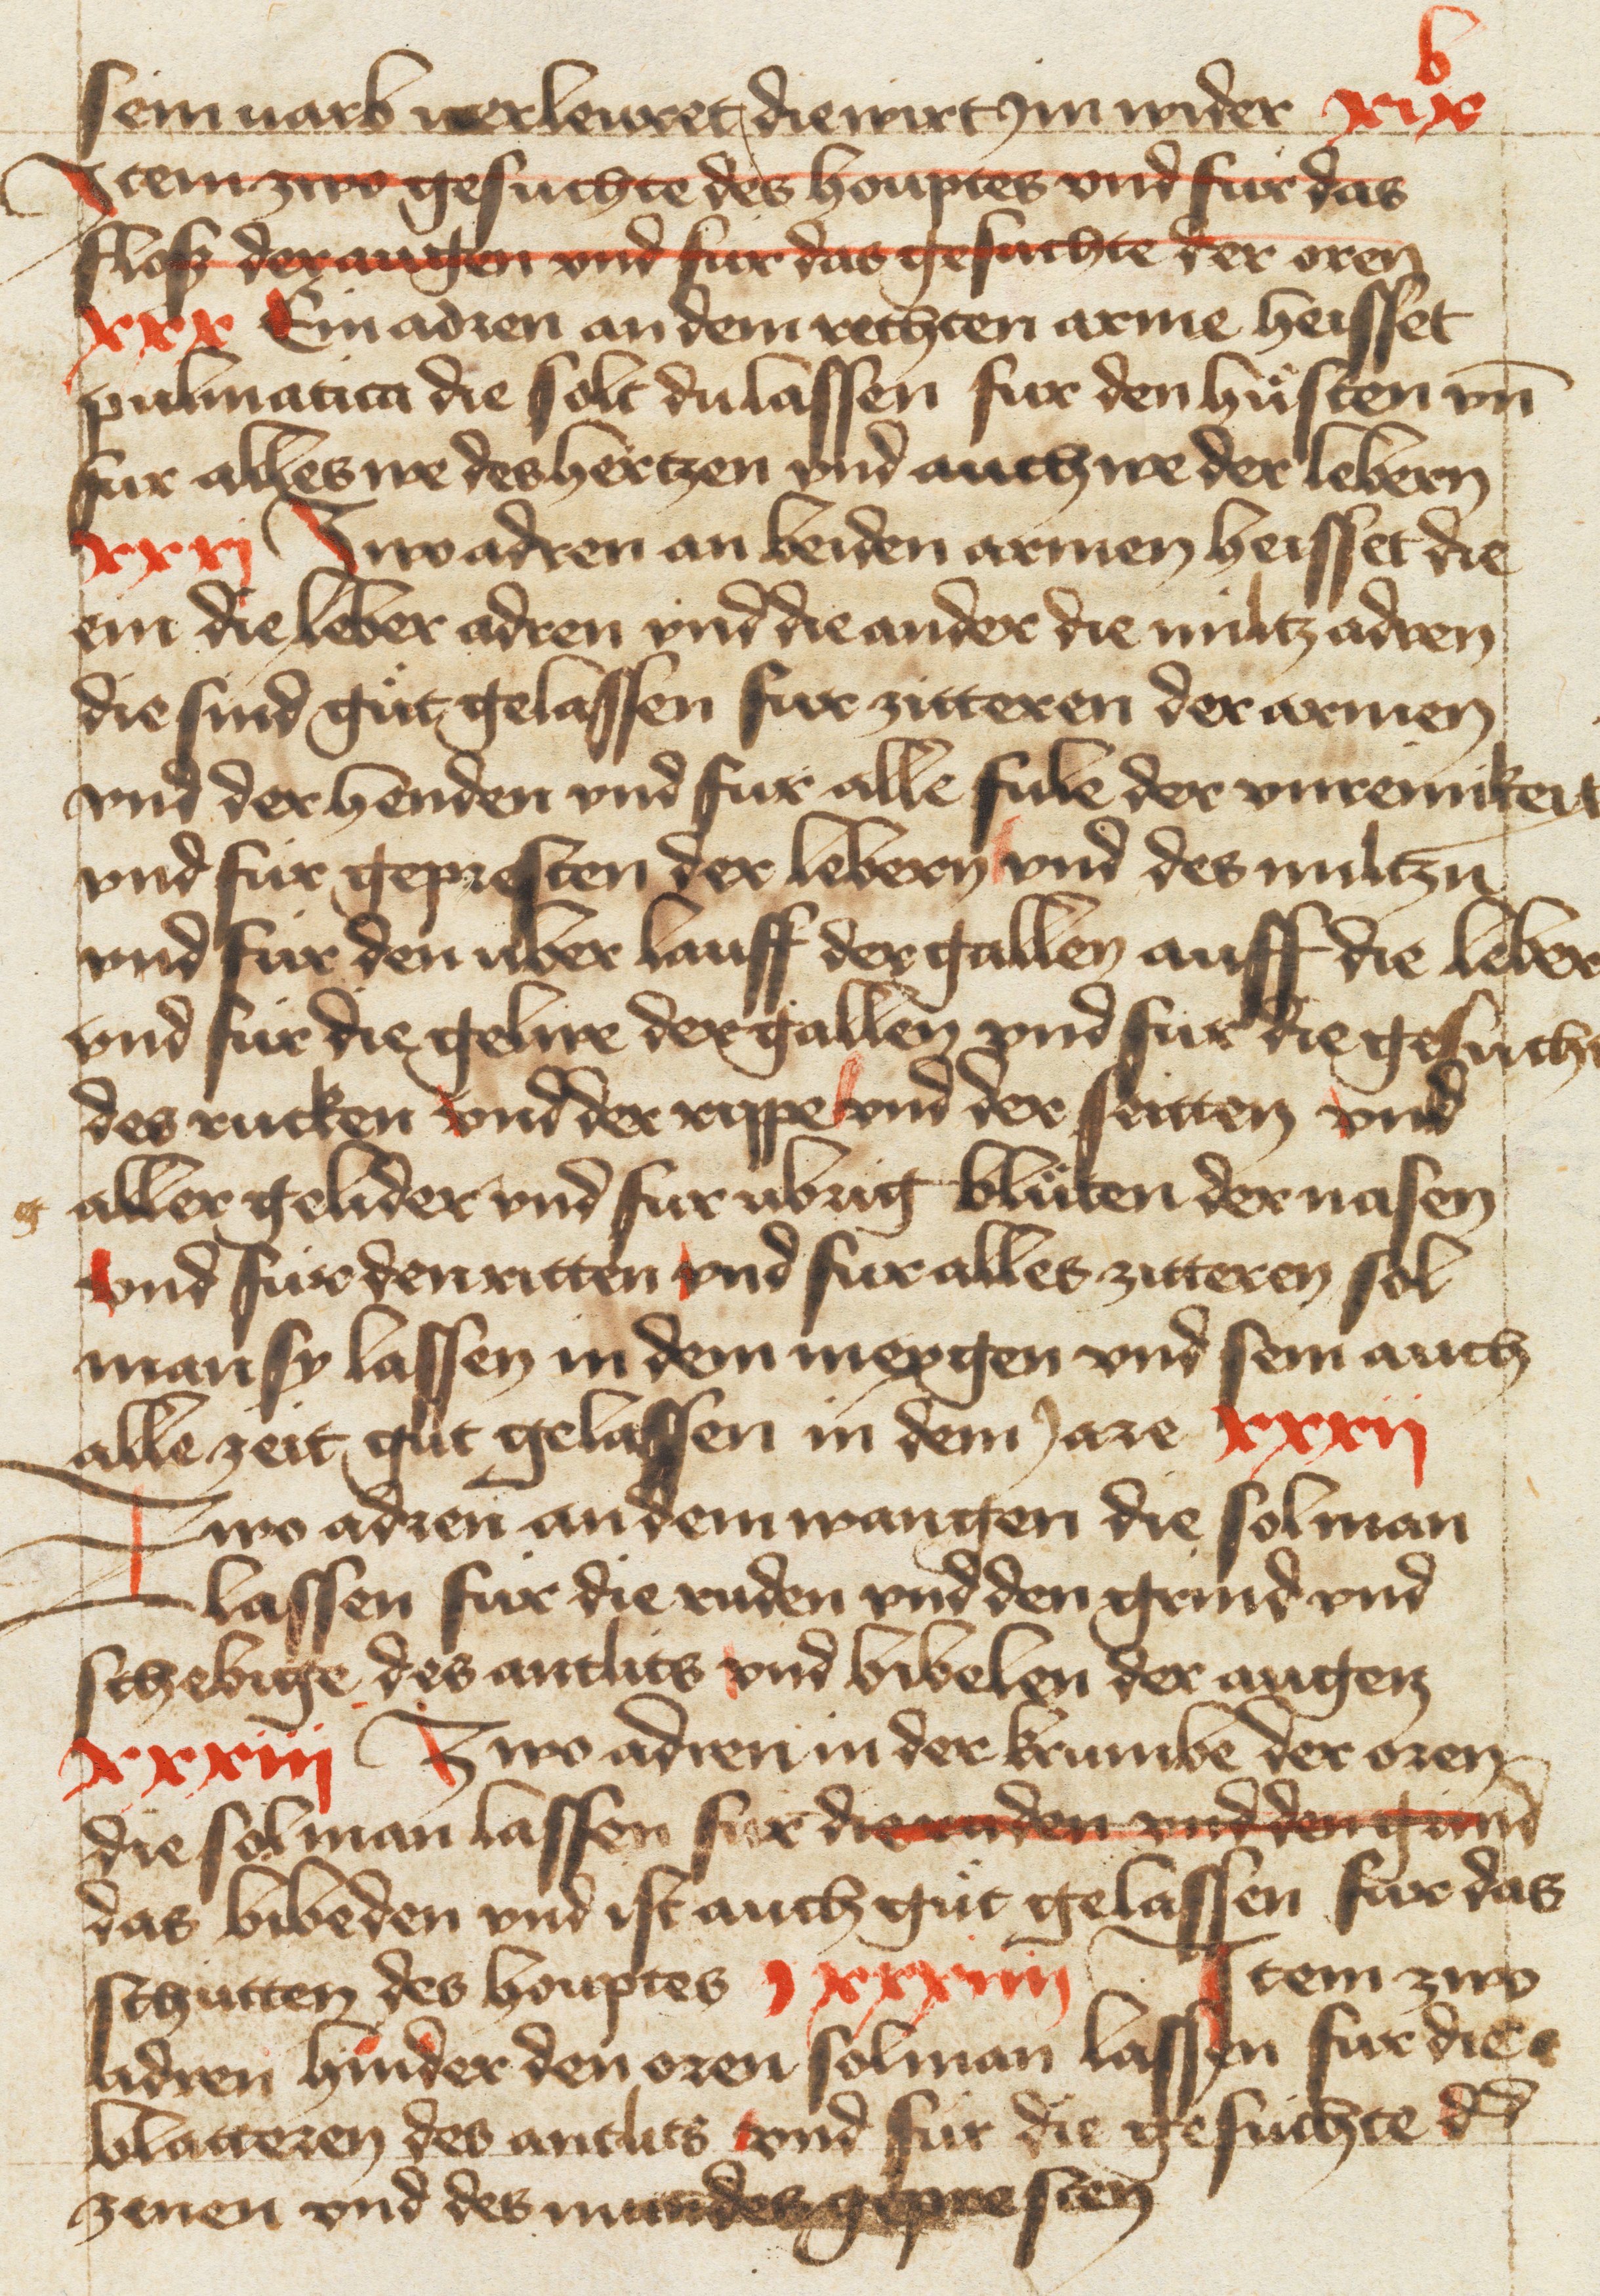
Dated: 1400–1499